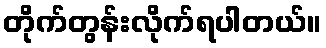
တိုက်တွန်းလိုက်ရပါတယ်။